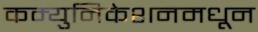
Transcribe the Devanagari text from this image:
कम्युनिकेशनमधून